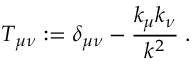
T _ { \mu \nu } : = \delta _ { \mu \nu } - \frac { k _ { \mu } k _ { \nu } } { k ^ { 2 } } \; .